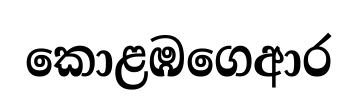
කොළඹගෙආර